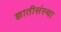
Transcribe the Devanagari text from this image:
ज्ञातीसंस्था